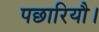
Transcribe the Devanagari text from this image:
पछारियौ।